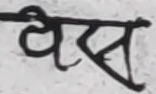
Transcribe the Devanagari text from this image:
बेक्स